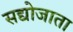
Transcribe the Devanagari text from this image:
सद्योजाता